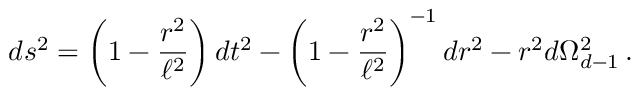
d s ^ { 2 } = \left( 1 - \frac { r ^ { 2 } } { \ell ^ { 2 } } \right) d t ^ { 2 } - \left( 1 - \frac { r ^ { 2 } } { \ell ^ { 2 } } \right) ^ { - 1 } d r ^ { 2 } - r ^ { 2 } d \Omega _ { d - 1 } ^ { 2 } \, .